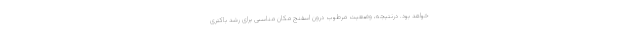
خواهد بود. درنتیجه، وضعیت مرطوب درون اسفنج مکان مناسبی برای رشد باکتری